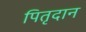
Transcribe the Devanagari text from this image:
पितृदान